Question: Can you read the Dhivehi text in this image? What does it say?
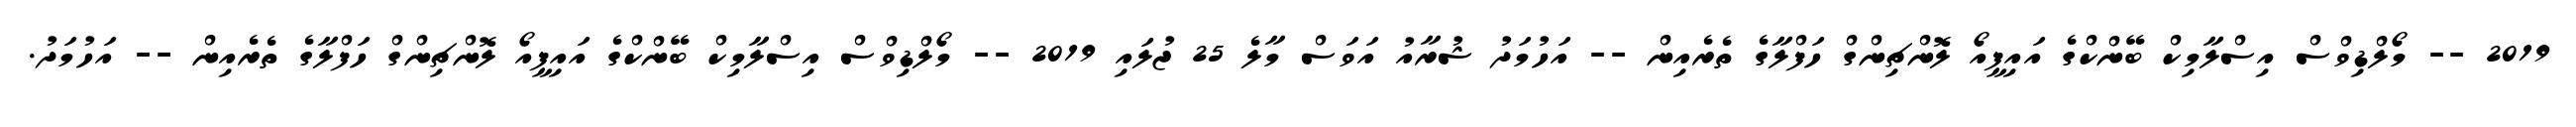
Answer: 2019 -- މޯލްޑިވްސް އިސްލާމިކް ބޭންކްގެ އައިޕީއޯ ލޮންޗިންގް ހަފްލާގެ ތެރެއިން -- އަހުމަދު ޝުރާއު އަވަސް މާލެ 25 ޖުލައި 2019 -- މޯލްޑިވްސް އިސްލާމިކް ބޭންކްގެ އައިޕީއޯ ލޮންޗިންގް ހަފްލާގެ ތެރެއިން -- އަހުމަދު.